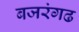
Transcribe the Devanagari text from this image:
बजरंगढ